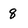
Character: 8